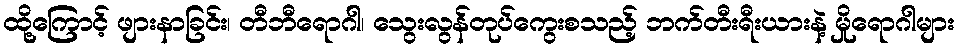
ထို့ကြောင့် ဖျားနာခြင်း၊ တီဘီရောဂါ၊ သွေးလွန်တုပ်ကွေးစသည့် ဘက်တီးရီးယားနဲ့ မှိုရောဂါများ